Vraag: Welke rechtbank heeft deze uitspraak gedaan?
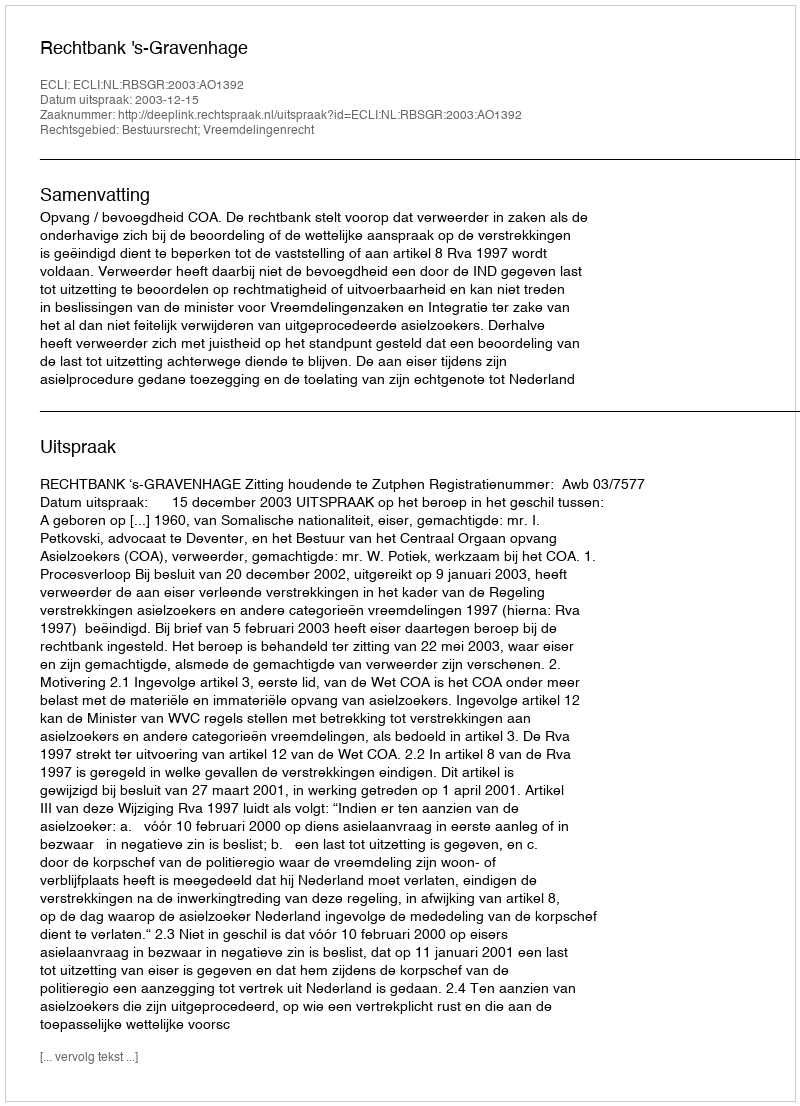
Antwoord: Rechtbank 's-Gravenhage